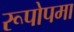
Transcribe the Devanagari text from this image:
रूपोपमा